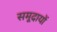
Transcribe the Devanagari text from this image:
समूदायों